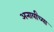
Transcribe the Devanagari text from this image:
अनार्यांच्या